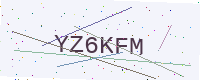
Text: YZ6KFM